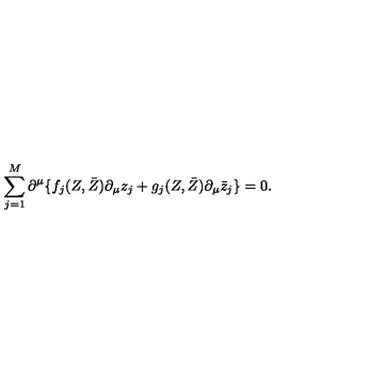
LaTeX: \sum _ { j = 1 } ^ { M } \partial ^ { \mu } \{ f _ { j } ( Z , \bar { Z } ) \partial _ { \mu } z _ { j } + g _ { j } ( Z , \bar { Z } ) \partial _ { \mu } \bar { z } _ { j } \} = 0 .